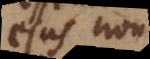
Deus non